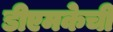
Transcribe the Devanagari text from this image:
डीएमकेची